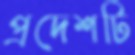
প্রদেশটি